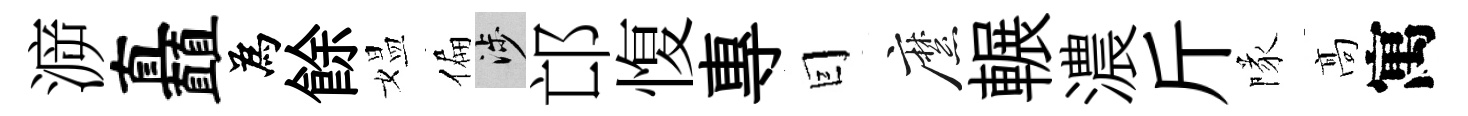
㴑矗為餘媪偏涉邙愎專囙縻輾濃斤隊髙寓